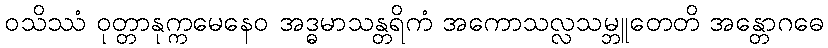
ဝသိဿံ ဝုတ္တာနုက္ကမေနေဝ အဒ္ဓမာသန္တရိကံ အကောသလ္လသမ္ဘူတေတိ အန္တောဂဓေ